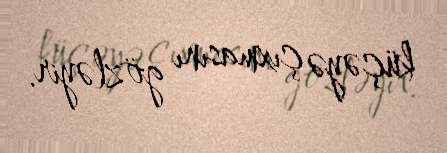
küçəyə çıxmasını gözləyir.